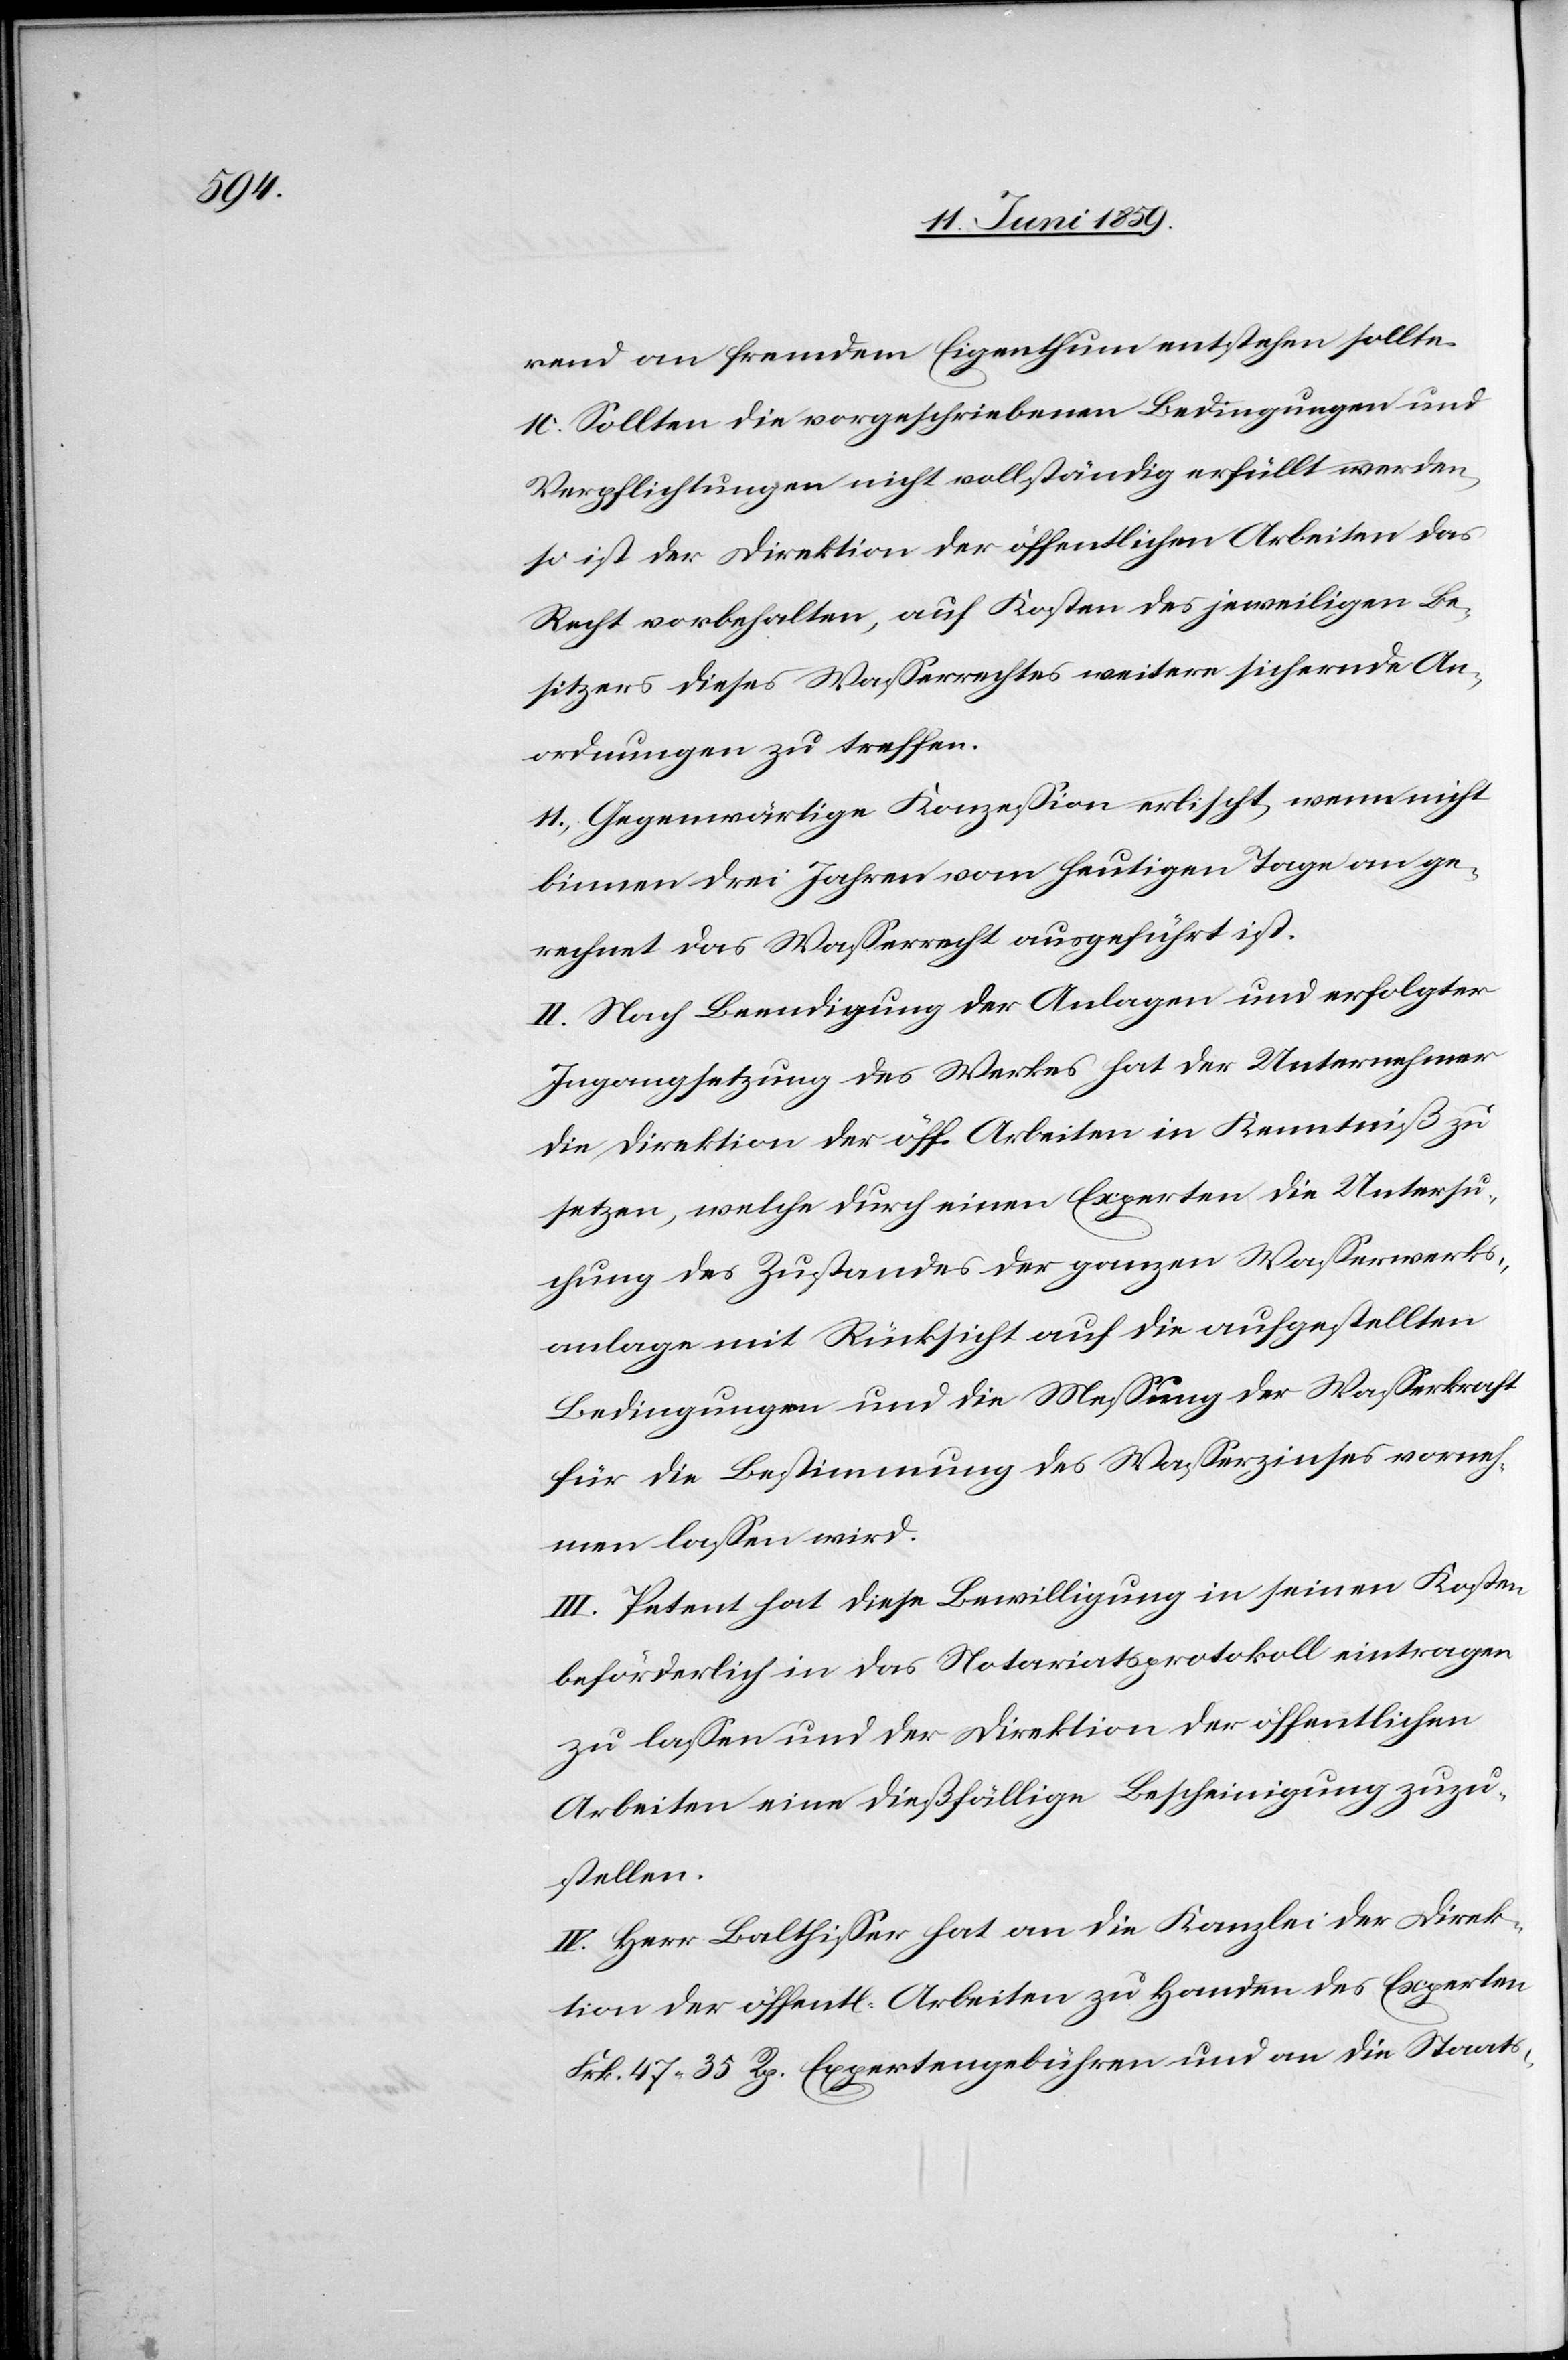
rend an fremdem Eigenthum entstehen sollte.
10) Sollten die vorgeschriebenen Bedingungen und
Verpflichtungen nicht vollständig erfüllt werden,
so ist der Direktion der öffentlichen Arbeiten das
Recht vorbehalten, auf Kosten des jeweiligen Be¬
sitzers dieses Wasserrechtes weitere sichernde An¬
ordnungen zu treffen.
11) Gegenwärtige Konzession erlischt wenn nicht
binnen drei Jahren vom heutigen Tage an ge¬
rechnet das Wasserrecht ausgeführt ist.
II. Nach Beendigung der Anlagen und erfolgter
Ingangsetzung des Werkes hat der Unternehmer
die Direktion der öff. Arbeiten in Kenntniß zu
setzen, welche durch einen Experten die Untersu¬
chung des Zustandes der ganzen Wasserwerks¬
anlagen mit Rücksicht auf die aufgestellten
Bedingungen und die Messung der Wasserkraft
für die Bestimmung des Wasserzinses vorrech¬
nen lassen wird.
III. Petent hat diese Bewilligung in seinen Kosten
beförderlich in das Notariatsprotokoll eintragen
zu lassen und der Direktion der öffentlichen
Arbeiten eine dießfällige Bescheinigung zuzu¬
stellen.
IV. Herr Balthisser hat an die Kanzlei der Direk¬
tion der öffentl. Arbeiten zu Handen des Experten
Frk. 47.35 Rp. Expertengebühren und an die Staats-